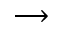
\longrightarrow